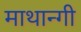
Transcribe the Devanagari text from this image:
माथान्गी